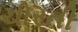
ચોરતી